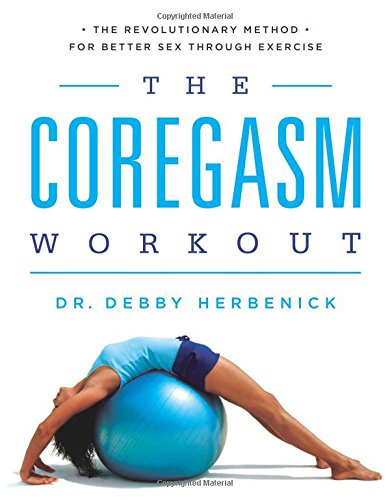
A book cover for The Coregasm Workout: The Revolutionary Method for Better Sex Through Exercise; Debby Herbenick PhD  MPH; Health, Fitness & Dieting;